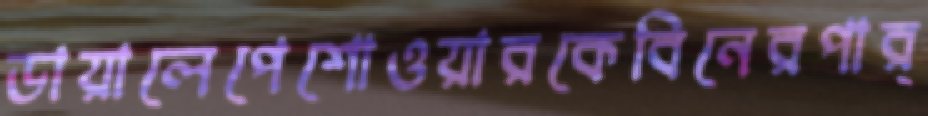
ডায়ালেপেশোওয়ারকেবিনেরপার্